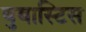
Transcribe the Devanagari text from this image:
बुबास्टिस